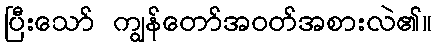
ပြီးသော် ကျွန်တော်အဝတ်အစားလဲ၏။